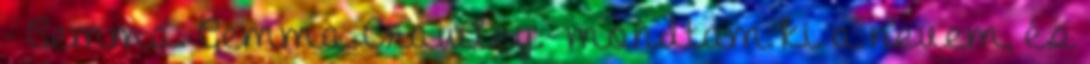
- Gemma. Gemma Crawley.- mondtam ki a nevem, és